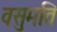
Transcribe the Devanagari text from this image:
वसुमति